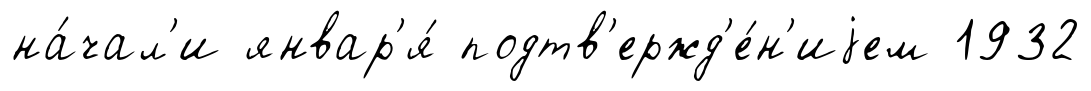
на́чал'и январ'я́ подтв'ержд'е́н'иjем 1932